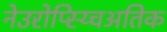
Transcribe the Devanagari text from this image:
नेउरोप्स्य्चिअतिक